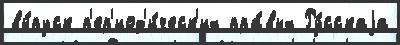
вы́пуск п'ер'иод'и́ческ'их пра́вых Ру́сскаjа